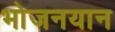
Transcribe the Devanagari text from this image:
भोजनयान